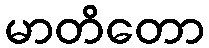
မာတိတော